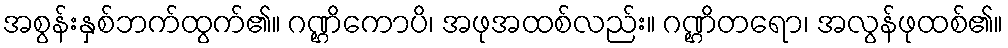
အစွန်းနှစ်ဘက်ထွက်၏။ ဂဏ္ဌိကောပိ၊ အဖုအထစ်လည်း။ ဂဏ္ဌိတရော၊ အလွန်ဖုထစ်၏။